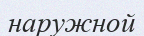
наружной